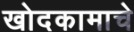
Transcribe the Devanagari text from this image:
खोदकामाचे